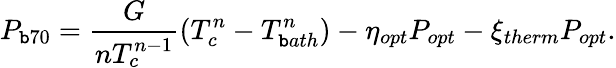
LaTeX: P_{\mathtt{b}70}=\frac{{G}}{{nT_{c}^{n-1}}}(T_{c}^{n}-T_{\mathtt{b}ath}^{n})-\eta_{opt}P_{opt}-\xi_{therm}P_{opt}.